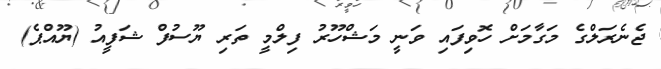
ޖެނެރަލްގެ މަގާމަށް ހޮވިފައި ވަނީ މަޝްހޫރު ފިލްމީ ތަރި ޔޫސުފް ޝަފީއު (ޔޫއްޕެ)